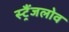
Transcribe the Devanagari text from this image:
स्ट्रैंजलोव